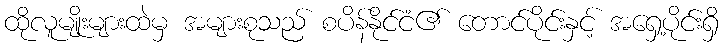
ထိုလူမျိုးများထဲမှ အများစုသည် စပိန်နိုင်ငံ၏ တောင်ပိုင်းနှင့် အရှေ့ပိုင်းရှိ